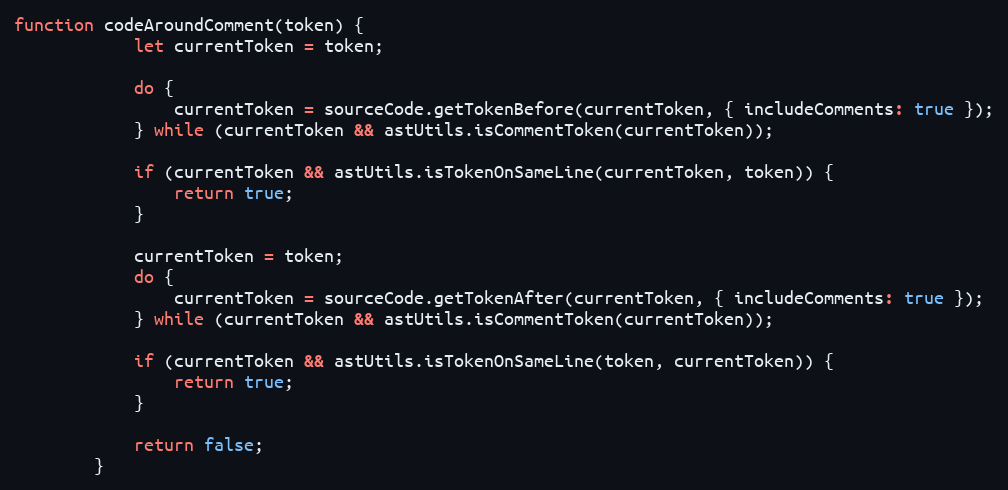
Language: JavaScript
function codeAroundComment(token) {
            let currentToken = token;

            do {
                currentToken = sourceCode.getTokenBefore(currentToken, { includeComments: true });
            } while (currentToken && astUtils.isCommentToken(currentToken));

            if (currentToken && astUtils.isTokenOnSameLine(currentToken, token)) {
                return true;
            }

            currentToken = token;
            do {
                currentToken = sourceCode.getTokenAfter(currentToken, { includeComments: true });
            } while (currentToken && astUtils.isCommentToken(currentToken));

            if (currentToken && astUtils.isTokenOnSameLine(token, currentToken)) {
                return true;
            }

            return false;
        }